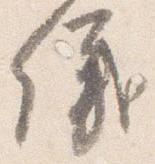
儀